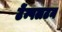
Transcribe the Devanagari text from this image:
टेंम्पलटन